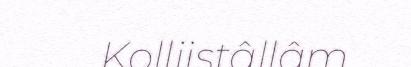
Kolliistâllâm